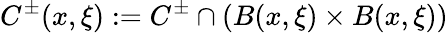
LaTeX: C^{\pm}(x,\xi):=C^{\pm}\cap(B(x,\xi)\times B(x,\xi))